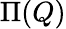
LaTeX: \Pi(Q)